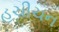
હચીચન